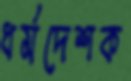
ধর্মদেশক